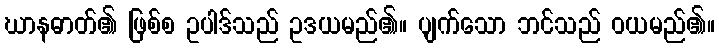
ဃာနဓာတ်၏ ဖြစ်စ ဥပါဒ်သည် ဥဒယမည်၏။ ပျက်သော ဘင်သည် ဝယမည်၏။